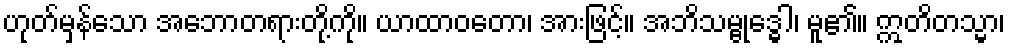
ဟုတ်မှန်သော အဘောတရားတို့ကို။ ယာထာဝတော၊ အားဖြင့်။ အဘိသမ္ဗုဒ္ဓေါ၊ မူ၏။ ဣတိတသ္မာ၊